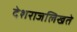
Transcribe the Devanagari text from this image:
देशराजलिखते